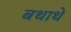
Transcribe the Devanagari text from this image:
बथाथे